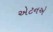
એટનએ